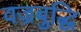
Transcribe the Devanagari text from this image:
वज्रबुद्धि